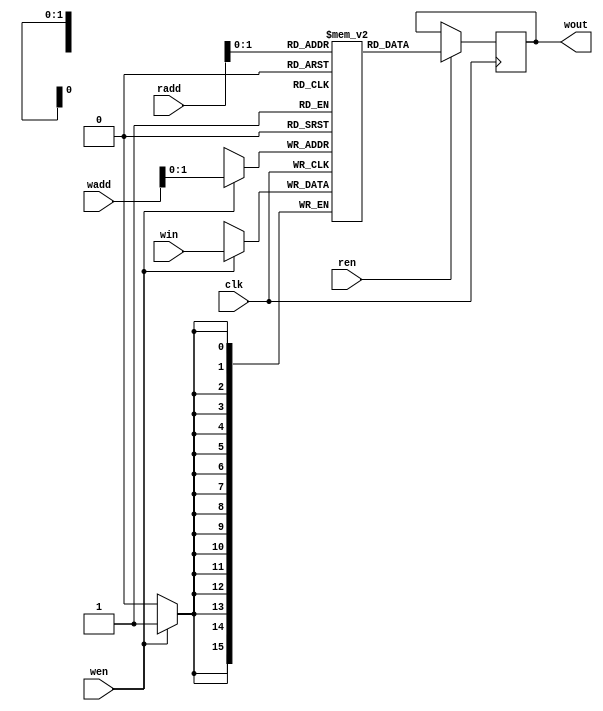
module weight_memory #(parameter numWeight = 3, neuronNo = 5, layerNo=1,addressWidth=10, dataWidth=16, weightFile="w_1_15.mem")
	(input clk, 
	 input wen, 
	 input ren, 
	 input [addressWidth-1:0] wadd, 
	 input [addressWidth-1:0] radd, 
	 input [dataWidth-1:0] win, 
	 output reg [dataWidth-1:0] wout);

	reg [dataWidth-1:0] mem [numWeight-1:0];

	`ifdef pretrained
		initial
		begin
			$readmemb(weightFile, mem);
		end
	`else
		always @(posedge clk)
		begin
			if(wen)
			begin
				mem[wadd] <= win;
			end
		end
	`endif

	always @(posedge clk)
	begin
		if (ren)
		begin
			wout <= mem[radd];
		end
	end
endmodule